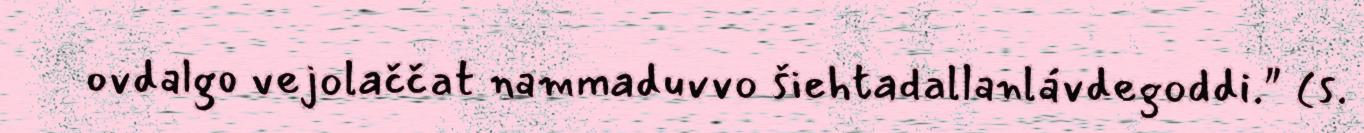
ovdalgo vejolaččat nammaduvvo šiehtadallanlávdegoddi." (s.